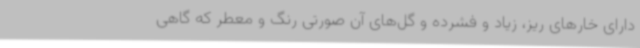
دارای خارهای ریز، زیاد و فشرده و گل‌های آن صورتی رنگ و معطر که گاهی